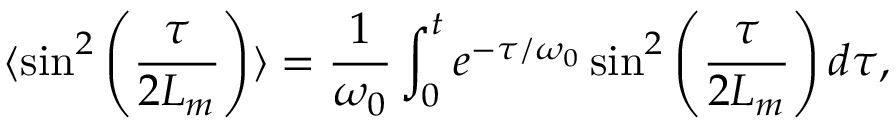
\langle \sin ^ { 2 } \left( { \frac { \tau } { 2 L _ { m } } } \right) \rangle = { \frac { 1 } { \omega _ { 0 } } } \int _ { 0 } ^ { t } e ^ { - \tau / \omega _ { 0 } } \sin ^ { 2 } \left( { \frac { \tau } { 2 L _ { m } } } \right) d \tau ,